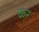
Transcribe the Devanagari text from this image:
केर्